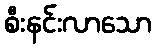
စီးနင်းလာသော